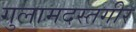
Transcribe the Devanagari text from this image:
गुलामदस्तगीर